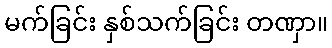
မက်ခြင်း နှစ်သက်ခြင်း တဏှာ။